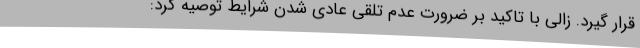
قرار گیرد. زالی با تاکید بر ضرورت عدم تلقی عادی شدن شرایط توصیه کرد: